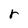
Character: r